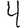
Digit: 4